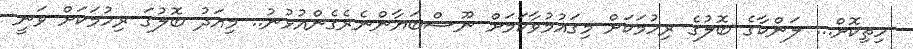
ހިތިކޮށް... ލަންކާގެ ބޮލުގެ ރިހުމަކަށް މިގައުމުވާކަމަށް ނޫސްބަޔާންނެރެގެންއުޅުނު.. މިއަދު ބޮލުގަ ރިހުމަކަށް ވަނީ